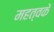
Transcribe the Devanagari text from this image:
महत्वके